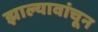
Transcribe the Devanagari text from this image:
झाल्यावांचून